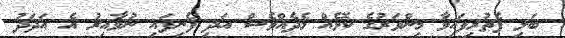
ބަލި ފެތުރިފައިވާ މިންވަރުގެ ކޮޅެއް މެދެއްވެސް އަދި ފެނިފައި ނުވާއިރު އެ އަދަދު